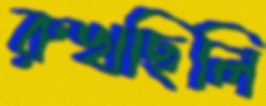
রুখছিলি